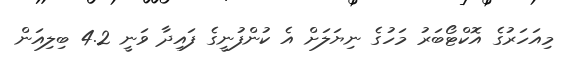
މިއަހަރުގެ އޮކްޓޯބަރު މަހުގެ ނިޔަލަށް އެ ކުންފުނީގެ ފައިދާ ވަނީ 4.2 ބިލިއަން